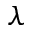
\lambda